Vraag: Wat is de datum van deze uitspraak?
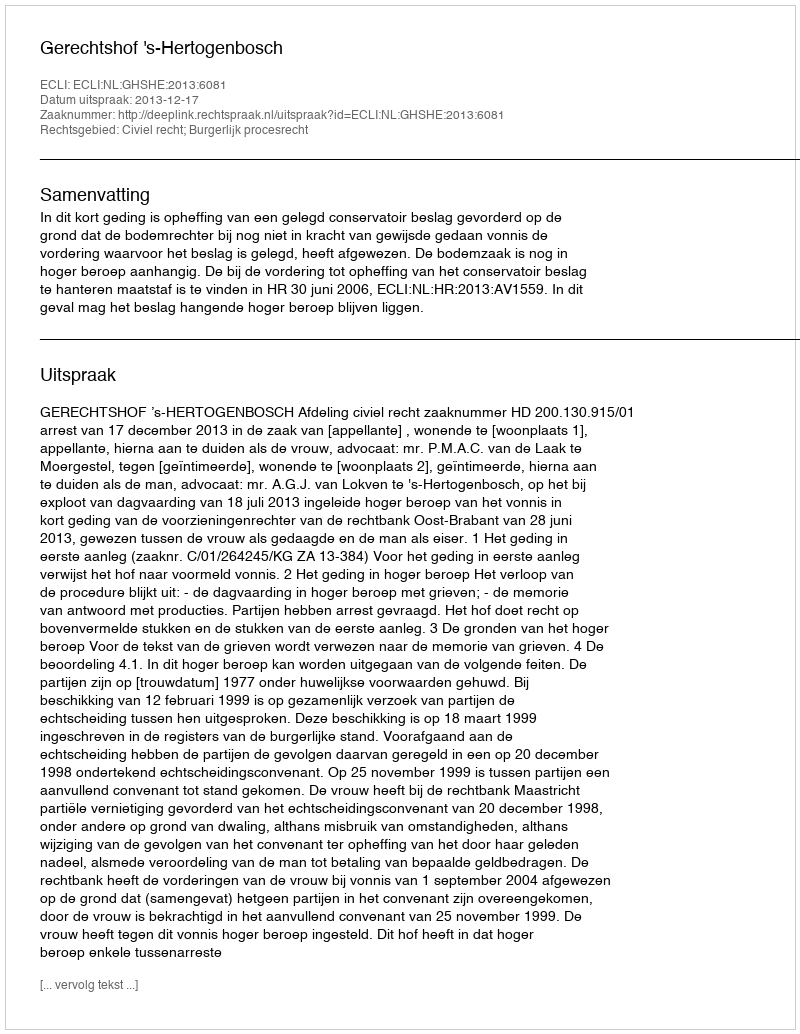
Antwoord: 2013-12-17